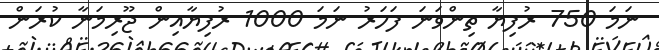
ނަމަ 750 ރުފިޔާ ތިންވަނަ ފަހަރު ނަމަ 1000 ރުފިޔާއިން ޖޫރިމަނާ ކުރަން